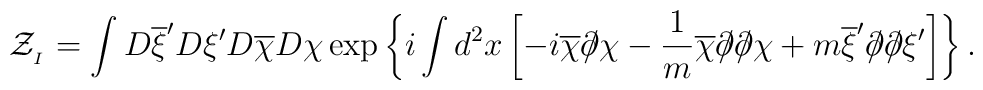
{\cal Z}_{_I} = \int D\overline{\xi}^\prime D\xi^\prime D\overline{\chi} D\chi \exp \left\{ i \int d^2 x \left[ -i \overline{\chi} \partial \!\!\! / \chi - \frac{1}{m} \overline{\chi} \partial \!\!\! / \partial \!\!\! / \chi + m \overline{\xi}^\prime \partial \!\!\! / \partial \!\!\! / \xi^\prime \right] \right\}.